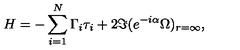
H = - \sum _ { i = 1 } ^ { N } \Gamma _ { i } \tau _ { i } + 2 \Im ( e ^ { - i \alpha } \Omega ) _ { r = \infty } ,